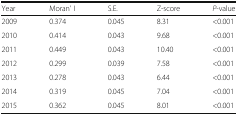
<table><thead><tr><td><b>Year</b></td><td><b>Moran’ I</b></td><td><b>S.E.</b></td><td><b>Z-score</b></td><td><b><i>P</i>-value</b></td></tr></thead><tbody><tr><td>2009</td><td>0.374</td><td>0.045</td><td>8.31</td><td>&lt;0.001</td></tr><tr><td>2010</td><td>0.414</td><td>0.043</td><td>9.68</td><td>&lt;0.001</td></tr><tr><td>2011</td><td>0.449</td><td>0.043</td><td>10.40</td><td>&lt;0.001</td></tr><tr><td>2012</td><td>0.299</td><td>0.039</td><td>7.58</td><td>&lt;0.001</td></tr><tr><td>2013</td><td>0.278</td><td>0.043</td><td>6.44</td><td>&lt;0.001</td></tr><tr><td>2014</td><td>0.319</td><td>0.045</td><td>7.04</td><td>&lt;0.001</td></tr><tr><td>2015</td><td>0.362</td><td>0.045</td><td>8.01</td><td>&lt;0.001</td></tr></tbody></table>